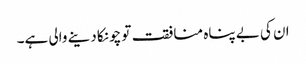
ان کی بے پناہ منافقت تو چونکا دینے والی ہے۔